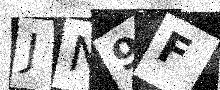
Text: JN9F